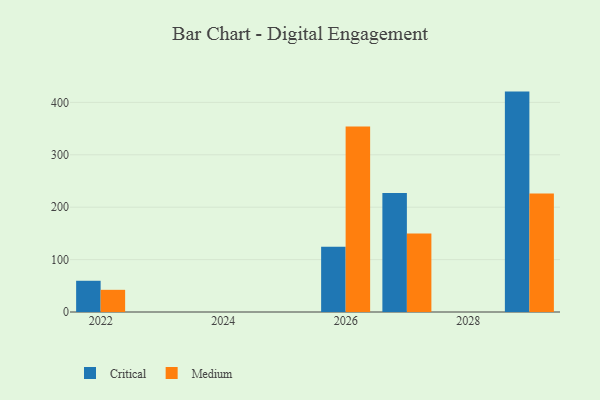
{"axis": {"x": "Year", "y": "Latency (ms)"}, "legend": ["Critical", "Medium"], "data": [{"x": "2022", "y": 59.6, "type": "Critical"}, {"x": "2022", "y": 42.3, "type": "Medium"}, {"x": "2027", "y": 227.0, "type": "Critical"}, {"x": "2027", "y": 149.7, "type": "Medium"}, {"x": "2029", "y": 420.6, "type": "Critical"}, {"x": "2029", "y": 226.3, "type": "Medium"}, {"x": "2026", "y": 124.7, "type": "Critical"}, {"x": "2026", "y": 353.9, "type": "Medium"}]}